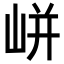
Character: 𡸫